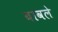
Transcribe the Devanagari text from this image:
बावले